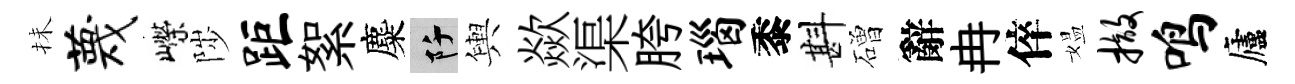
抺蔑嶸陟距絮麋阡輿歘渠胯瑙黍斟磳辭冉倅媪撤鸣廬